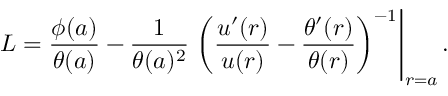
L = \frac { \phi ( a ) } { \theta ( a ) } - \frac { 1 } { \theta ( a ) ^ { 2 } } \left. \left( \frac { u ^ { \prime } ( r ) } { u ( r ) } - \frac { \theta ^ { \prime } ( r ) } { \theta ( r ) } \right) ^ { - 1 } \right| _ { r = a } .